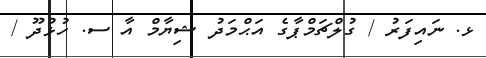
ޅ. ނައިފަރު / ގުލްޗަމްޕާގެ އަޙްމަދު ޝިޔާމް އާ ސ. ހުޅުދޫ /